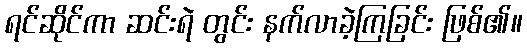
ရင်ဆိုင်ကာ ဆင်းရဲ တွင်း နက်လာခဲ့ကြခြင်း ဖြစ်၏။